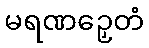
မရဏဉှေတံ